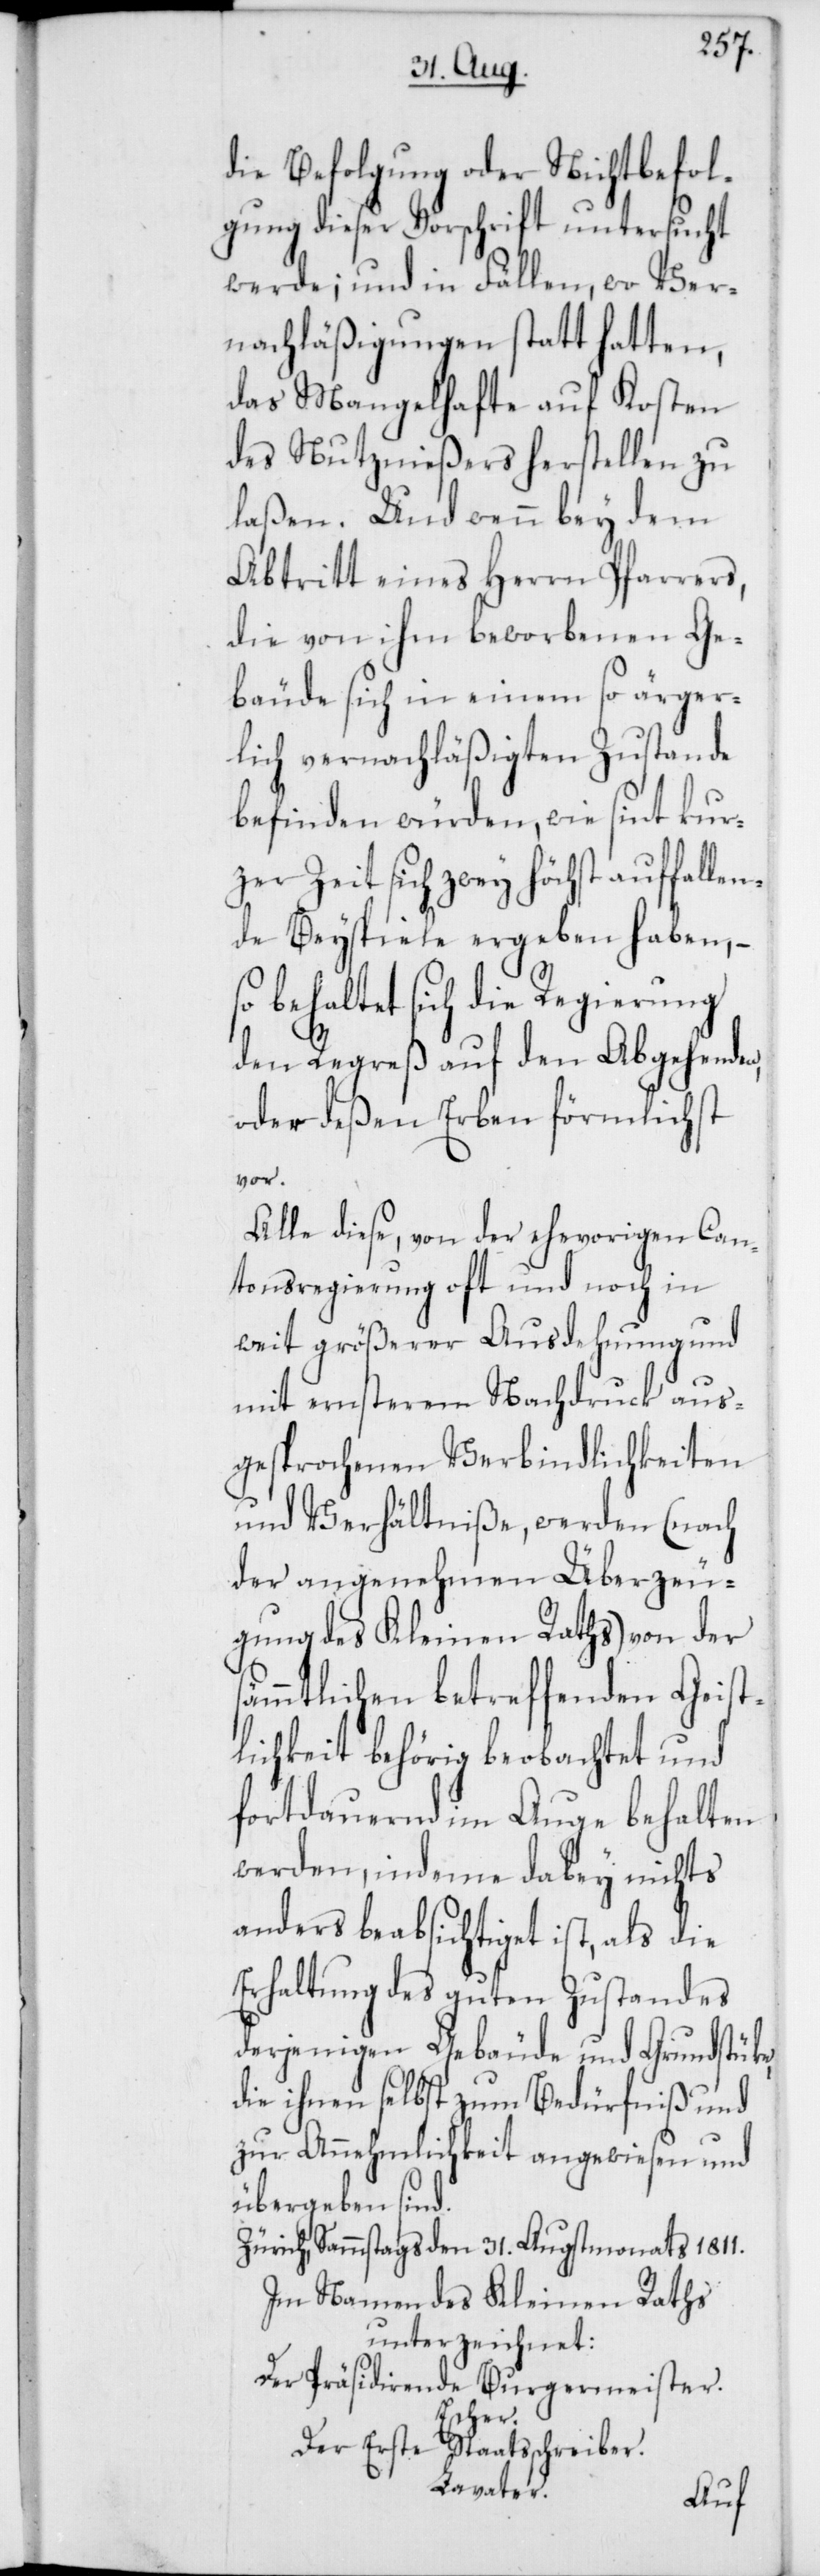
e,d¬
die Befolgung oder Nichtbefol¬
gung dieser Vorschrift untersucht
werde; und in Fällen, wo Ver¬
nachläßigungen statt hatten,
das Mangelhafte auf Kosten
des Nutznießers herstellen zu
laßen. Und wenn bey dem
Abtritt eines Herrn Pfarrers,
die von ihm beworbenen Ge¬
bäude sich in einem so ärger¬
lich vernachläßigten Zustande
befinden würden, wie sint kur¬
zer Zeit sich zwey höchst auffallen¬
de Beyspiele ergeben haben, –
so behaltet sich die Regierung
den Regreß auf den Abgehenden
oder deßen Erben förmlichst
vor.
Alle diese, von der ehevorigen Can¬
tonsregierung oft und noch in
weit größerer Ausdehnung und
mit ernsterem Nachdruck aus¬
gesprochenen Verbindlichkeiten
und Verhältniße, werden (nach
der angenehmen Überzeu¬
gung des Kleinen Raths) von der
sämmtlichen betreffenden Geist¬
lichkeit behörig beobachtet und
fortdauernd im Auge behalten
werden, indeme dabey nichts
anders beabsichtiget ist, als die
Erhaltung des guten Zustandes
derjenigen Gebäude und Grundstük¬
ie ihnen selbst zum Bedürfniß und
zur Annehmlichkeit angewiesen und
übergeben sind.
Zürich, Sammstags den 31. Augstmonats 1811.
Im Namen des Kleinen Raths
unterzeichnet:
Der Präsidierende Burgermeister.
Escher.
Der erste Staatsschreiber.
Lavater.